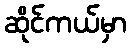
ဆိုင်ကယ်မှာ